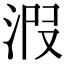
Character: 𣴫